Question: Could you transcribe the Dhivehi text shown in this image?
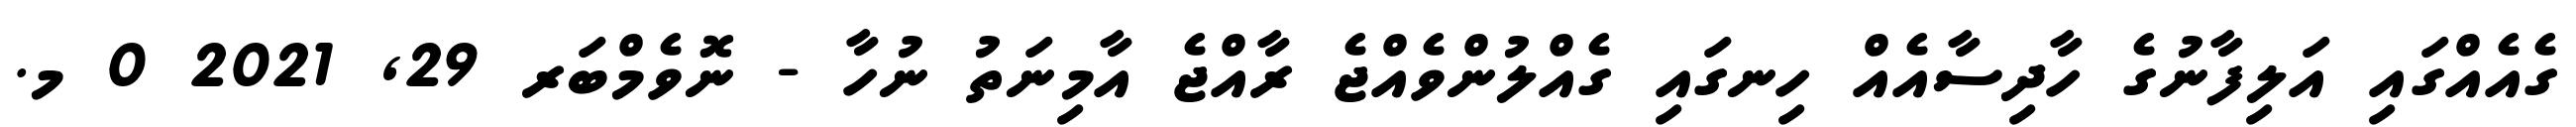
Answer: ގެއެއްގައި އަލިފާނުގެ ހާދިސާއެއް ހިނގައި ގެއްލުންވެއްޖެ ރާއްޖެ އާމިނަތު ނުހާ - ނޮވެމްބަރ 29, 2021 0 މ.